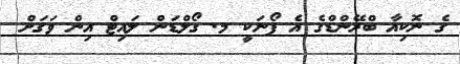
ގެ ނޮކިއާ ބްރޭންޑްގެ އެ ފޯނަކީ މ. ގޯލްޑަން ލައިޓް އިން ވަގަށް